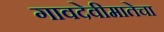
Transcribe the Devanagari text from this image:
गावदेवीमातेचा